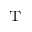
^ \mathrm { T }